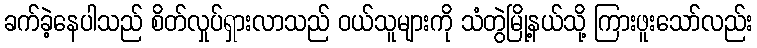
ခက်ခဲ့နေပါသည် စိတ်လှုပ်ရှားလာသည် ဝယ်သူများကို သံတွဲမြို့နယ်သို့ ကြားဖူးသော်လည်း